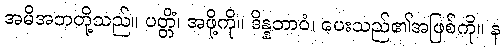
အမိအဘတို့သည်။ ပတ္တိံ၊ အဖို့ကို။ ဒိန္နဘာဝံ၊ ပေးသည်၏အဖြစ်ကို။ န